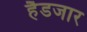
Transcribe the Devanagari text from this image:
हैडजार